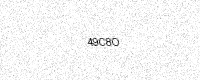
Text: 49C8O